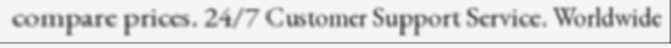
compare prices. 24/7 Customer Support Service. Worldwide